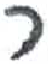
אות: כ